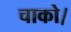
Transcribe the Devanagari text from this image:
चाको।